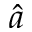
\hat { a }